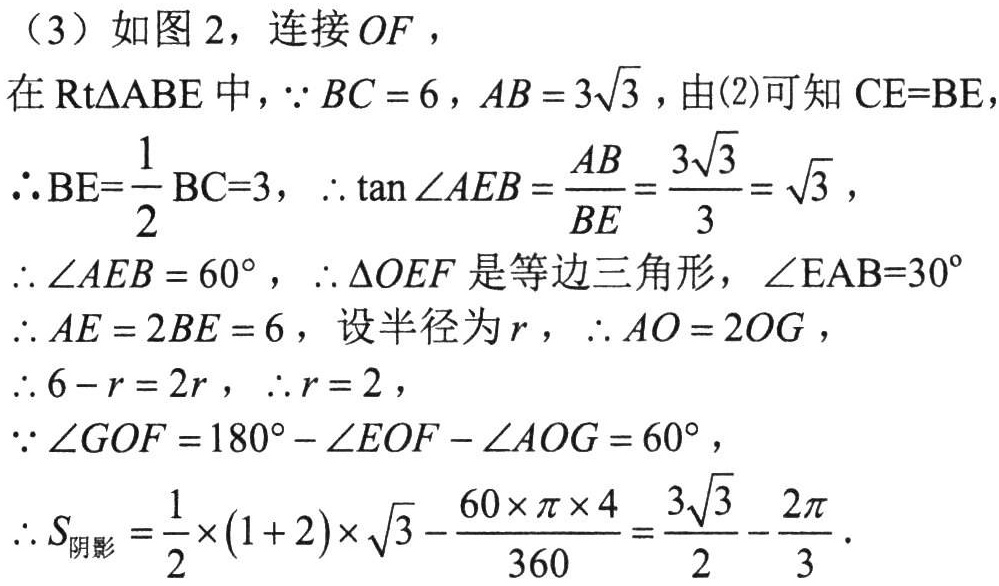
（3）如图 2，连接 \(OF\)，
在\(\text{Rt}\triangle ABE\)中，\(\because BC = 6\)，\(AB = 3\sqrt{3}\)，由(2)可知 \(CE = BE\)，
\(\therefore BE=\dfrac{1}{2}BC = 3\)，\(\therefore\tan\angle AEB=\dfrac{AB}{BE}=\dfrac{3\sqrt{3}}{3}=\sqrt{3}\)，
\(\therefore\angle AEB = 60^{\circ}\)，\(\therefore\triangle OEF\)是等边三角形，\(\angle EAB = 30^{\circ}\)
\(\therefore AE = 2BE = 6\)，设半径为\(r\)，\(\therefore AO = 2OG\)，
\(\therefore 6 - r = 2r\)，\(\therefore r = 2\)，
\(\because\angle GOF = 180^{\circ}-\angle EOF-\angle AOG = 60^{\circ}\)，
\(\therefore S_{阴影}=\dfrac{1}{2}\times(1 + 2)\times\sqrt{3}-\dfrac{60\times\pi\times4}{360}=\dfrac{3\sqrt{3}}{2}-\dfrac{2\pi}{3}\)．